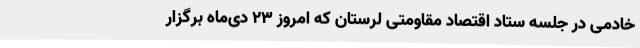
خادمی در جلسه ستاد اقتصاد مقاومتی لرستان که امروز 23 دی‌ماه برگزار